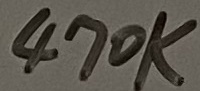
Text: 470K